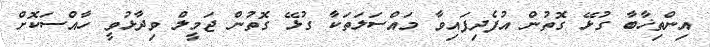
އިންތިޚާބާ ގުޅޭ ގޮތުން އުފެދިފައިވާ މައްސަލަތަކާ ގުޅޭ ގޮތުން ޖަމީލް ވިދާޅުވީ ހާއްސަކޮށް